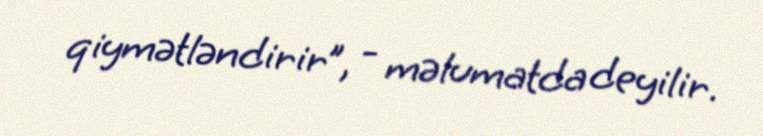
qiymətləndirir”, - məlumatda deyilir.